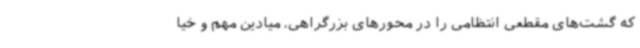
که گشت‌های مقطعی انتظامی را در محورهای بزرگراهی، میادین مهم و خیا